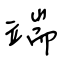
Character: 端